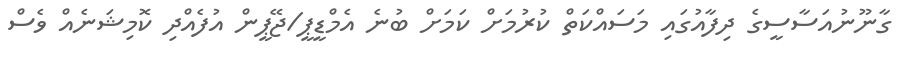
ގާނޫނުއަސާސީގެ ދިފާއުގައި މަަސައްކަތް ކުރުމަށް ކަމަށް ބުނެ އެމްޑީޕީ/ޖޭޕީން އުފެއްދި ކޮމިޝަނެއް ވެސް